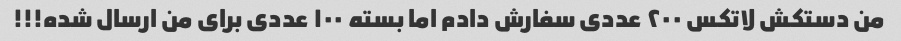
من دستکش لاتکس ۲۰۰ عددی سفارش دادم اما بسته ۱۰۰ عددی برای من ارسال شده!!!